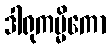
ဒါရုကမ္မိကော